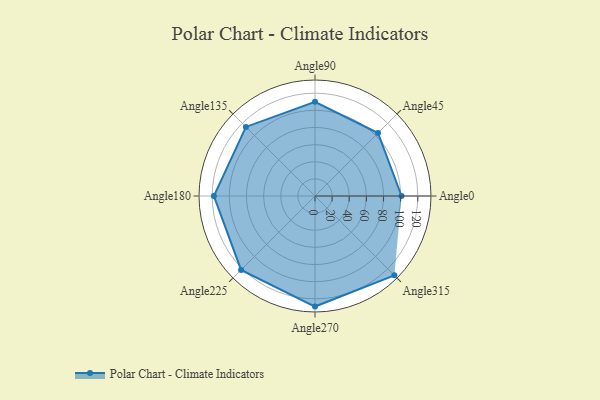
{"axis": {"x": "Angle", "y": "Radius"}, "legend": [""], "data": [{"x": "Angle0", "y": 101.0, "type": ""}, {"x": "Angle45", "y": 104.0, "type": ""}, {"x": "Angle90", "y": 110.0, "type": ""}, {"x": "Angle135", "y": 114.0, "type": ""}, {"x": "Angle180", "y": 118.0, "type": ""}, {"x": "Angle225", "y": 122.0, "type": ""}, {"x": "Angle270", "y": 129.0, "type": ""}, {"x": "Angle315", "y": 131.0, "type": ""}]}